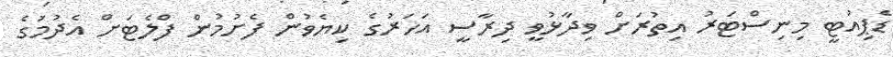
ޑެޕިއުޓީ މިނިސްޓަރު އިތުރަށް ވިދާޅުވީ ދިރާސީ އަހަރުގެ ކިޔެވުން ފެށުމުން ފްލެޓަށް އެދުމުގެ